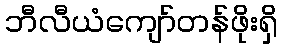
ဘီလီယံကျော်တန်ဖိုးရှိ